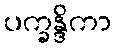
ပက္ခန္ဒိကာ